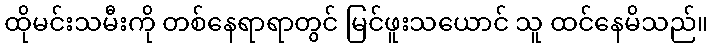
ထိုမင်းသမီးကို တစ်နေရာရာတွင် မြင်ဖူးသယောင် သူ ထင်နေမိသည်။